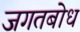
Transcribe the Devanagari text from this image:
जगतबोध